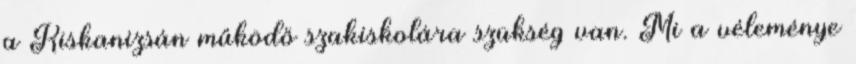
a Kiskanizsán működő szakiskolára szükség van. Mi a véleménye